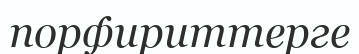
порфириттерге